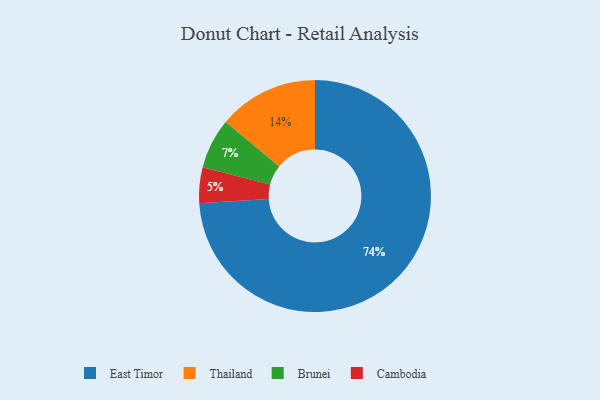
{"axis": {"x": "Category", "y": "Percentage"}, "legend": ["Brunei", "Cambodia", "East Timor", "Thailand"], "data": [{"x": "Cambodia", "y": 5, "type": "Cambodia"}, {"x": "Brunei", "y": 7, "type": "Brunei"}, {"x": "East Timor", "y": 74, "type": "East Timor"}, {"x": "Thailand", "y": 14, "type": "Thailand"}]}